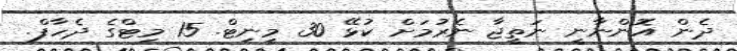
ދެން އޮންނާނީ ނަތީޖާ ނެރުމަށް ކުޅޭ 30 މިނިޓް. 15 މިިޓްގެ ދެހާފް.